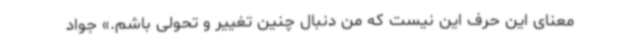
معنای این حرف این نیست که من دنبال چنین تغییر و تحولی باشم.» جواد